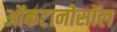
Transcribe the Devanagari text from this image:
ऑकटानोसॉल